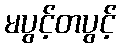
မပွင့်တပွင့်